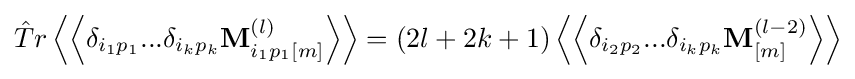
{\hat {T}}r\left\langle \left\langle \delta _{i_{1}p_{1}}...\delta _{i_{k}p_{k}}\mathbf {M} _{i_{1}p_{1}[m]}^{(l)}\right\rangle \right\rangle =(2l+2k+1)\left\langle \left\langle \delta _{i_{2}p_{2}}...\delta _{i_{k}p_{k}}\mathbf {M} _{[m]}^{(l-2)}\right\rangle \right\rangle